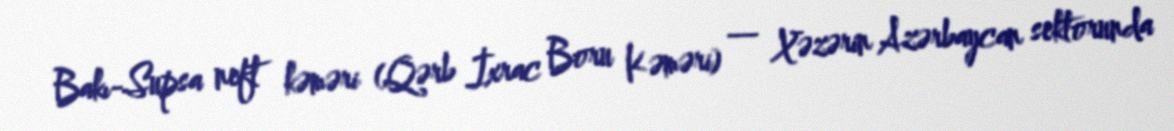
Bakı-Supsa neft kəməri (Qərb İxrac Boru Kəməri) — Xəzərin Azərbaycan sektorunda